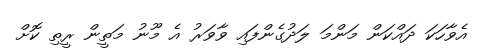
އެވާހަކަ ދައްކަން މަންމަ ލަދުގެންފައި ވާވަރު އެ މޫނު މަތީން ރީތި ކޮށް